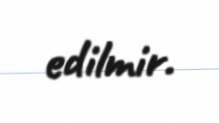
edilmir.